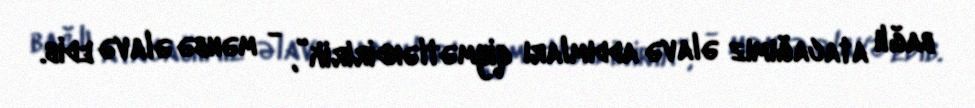
bağlı atacağımız əlavə addımları qiymətləndiririk”, - mənbə əlavə edib.